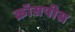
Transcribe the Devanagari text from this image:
क्रॉसपीस